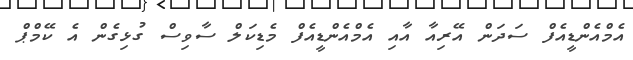
އެމްއެންޑީއެފް ސަދަން އޭރިއާ އާއި އެމްއެންޑީއެފް މެޑިކަލް ސާވިސް ގުޅިގެން އެ ކޭމްޕް